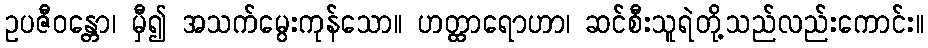
ဥပဇီဝန္တော၊ မှီ၍ အသက်မွေးကုန်သော။ ဟတ္ထာရောဟာ၊ ဆင်စီးသူရဲတို့သည်လည်းကောင်း။